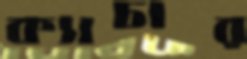
ক্যাচার